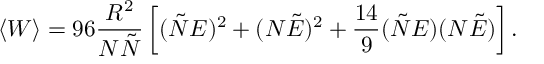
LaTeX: \langle W \rangle = 9 6 \frac { R ^ { 2 } } { N \tilde { N } } \left[ ( \tilde { N } E ) ^ { 2 } + ( N \tilde { E } ) ^ { 2 } + \frac { 1 4 } { 9 } ( \tilde { N } E ) ( N \tilde { E } ) \right] .